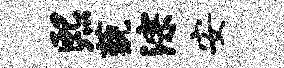
熙藐淙安